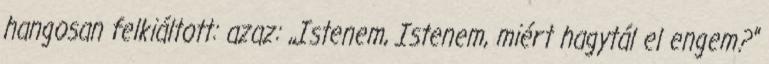
hangosan felkiáltott: azaz: ,,Istenem, Istenem, miért hagytál el engem?''